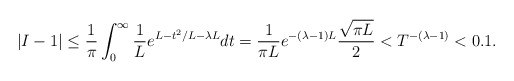
\begin{align*}\left|I-1\right| \le \frac{1}{\pi} \int_0^\infty \frac{1}{L} e^{L-t^2/L-\lambda L} dt = \frac{1}{\pi L} e^{-(\lambda-1)L} \frac{\sqrt{\pi L}}{2} < T^{-(\lambda-1)} <0.1.\end{align*}